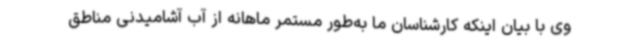
وی با بیان اینکه کارشناسان ما به‌طور مستمر ماهانه از آب آشامیدنی مناطق